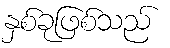
နှစ်ခုဖြစ်သည်